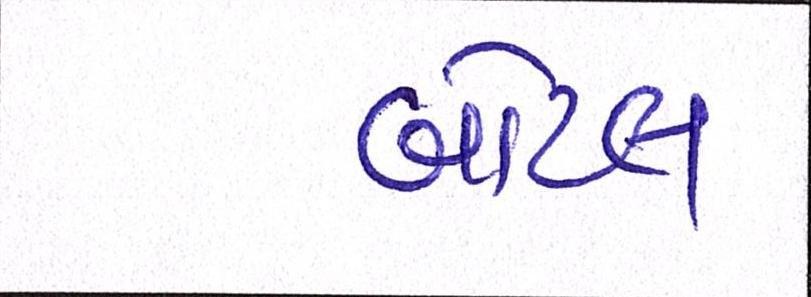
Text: બોટલ